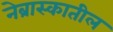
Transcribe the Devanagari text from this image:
नेब्रास्कातील